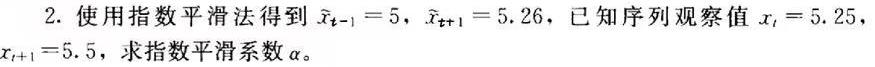
2. 使用指数平滑法得到 $\widetilde{x}_{t - 1}=5$, $\widetilde{x}_{t + 1}=5.26$, 已知序列观察值 $x_{t}=5.25$, $x_{t + 1}=5.5$, 求指数平滑系数 $\alpha$。